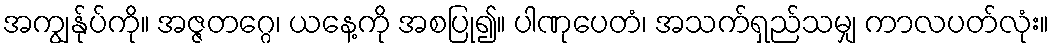
အကျွန်ုပ်ကို။ အဇ္ဇတဂ္ဂေ၊ ယနေ့ကို အစပြု၍။ ပါဏုပေတံ၊ အသက်ရှည်သမျှ ကာလပတ်လုံး။